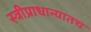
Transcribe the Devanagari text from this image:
स्त्रीप्राधान्यातच